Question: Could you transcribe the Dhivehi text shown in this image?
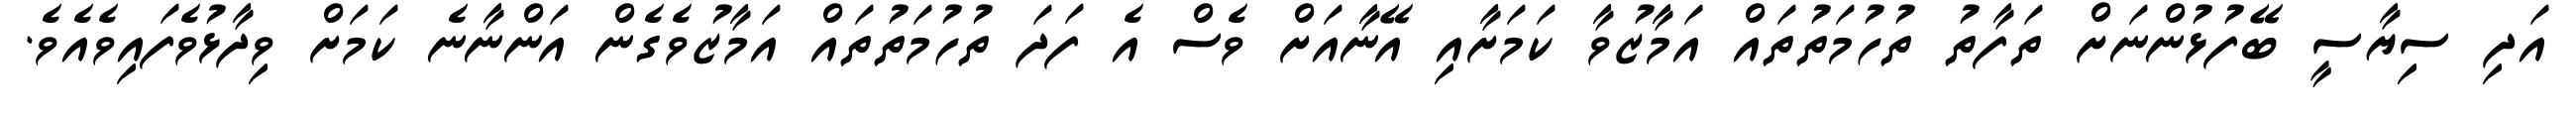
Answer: އަދި ސިޔާސީ ބޭފުޅުންނަށް ތަފާތު ތުހުމަތުތައް އަމާޒުވާ ކަމަށާއި އޭނާއަށް ވެސް އެ ފަދަ ތުހުމަތުތައް އަމާޒުވެގެން އަންނާނެ ކަމަށް ވިދާޅުވެފައިވެއެވެ.